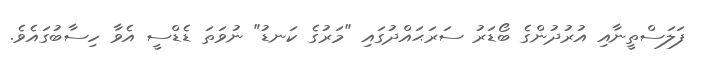
ފަލަސްތީނާއި އުރުދުންގެ ބޯޑަރު ސަރަޙައްދުގައި "މަރުގެ ކަނޑު" ނުވަތަ ޑެޑްސީ އެވާ ހިސާބުގައެވެ.